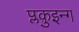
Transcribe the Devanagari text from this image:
प्लक़ुइन्ग